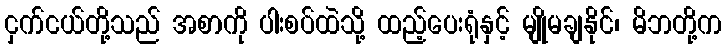
ငှက်ငယ်တို့သည် အစာကို ပါးစပ်ထဲသို့ ထည့်ပေးရုံနှင့် မျိုမချနိုင်၊ မိဘတို့က